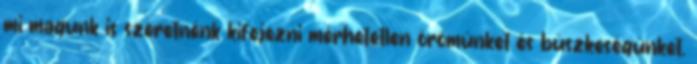
mi magunk is szeretnénk kifejezni mérhetetlen örömünket és büszkeségünket.